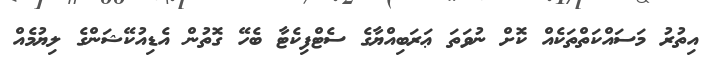
އިތުރު މަސައްކަތްތަކެއް ކޮށް ނުވަތަ ޢަރަބިއްޔާގެ ސެޓްފިކެޓާ ބެހޭ ގޮތުން އެޑިއުކޭޝަންގެ ލިޔުމެއް